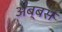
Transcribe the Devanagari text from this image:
अब्बस